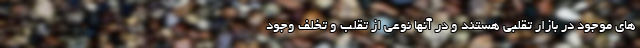
های موجود در بازار تقلبی هستند و در آنها نوعی از تقلب و تخلف وجود